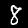
Label: 8